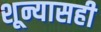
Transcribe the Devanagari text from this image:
शून्यासही